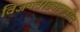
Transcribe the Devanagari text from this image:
विजयवाड्याकडील